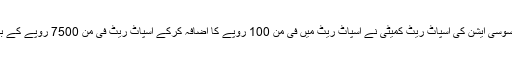
کراچی کاٹن ایسوسی ایشن کی اسپاٹ ریٹ کمیٹی نے اسپاٹ ریٹ میں فی من 100 روپے کا اضافہ کرکے اسپاٹ ریٹ فی من 7500 روپے کے بھاؤ پر بند کیا۔